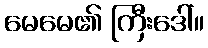
မေမေ၏ ကြီးဒေါ်။